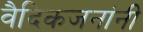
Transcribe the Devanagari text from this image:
वैदिकजनांनी